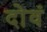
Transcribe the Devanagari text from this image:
दोवं